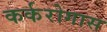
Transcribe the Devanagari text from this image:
कर्करोगास